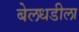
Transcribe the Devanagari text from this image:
बेलधडीला